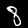
Digit: 8